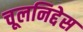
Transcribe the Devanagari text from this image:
चूलनिद्देस